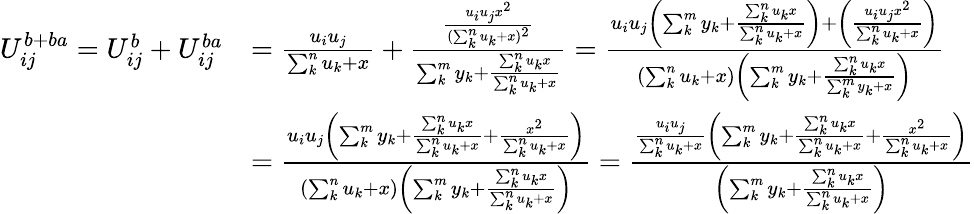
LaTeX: \begin{array}{rl}{U_{ij}^{b+ba}=U_{ij}^{b}+U_{ij}^{ba}}&{=\frac{u_{i}u_{j}}{\sum_{k}^{n}u_{k}+x}+\frac{\frac{u_{i}u_{j}x^{2}}{(\sum_{k}^{n}u_{k}+x)^{2}}}{\sum_{k}^{m}y_{k}+\frac{\sum_{k}^{n}u_{k}x}{\sum_{k}^{n}u_{k}+x}}=\frac{u_{i}u_{j}\left(\sum_{k}^{m}y_{k}+\frac{\sum_{k}^{n}u_{k}x}{\sum_{k}^{n}u_{k}+x}\right)+\left(\frac{u_{i}u_{j}x^{2}}{\sum_{k}^{n}u_{k}+x}\right)}{\left(\sum_{k}^{n}u_{k}+x\right)\left(\sum_{k}^{m}y_{k}+\frac{\sum_{k}^{n}u_{k}x}{\sum_{k}^{m}y_{k}+x}\right)}}\\ &{=\frac{u_{i}u_{j}\left(\sum_{k}^{m}y_{k}+\frac{\sum_{k}^{n}u_{k}x}{\sum_{k}^{n}u_{k}+x}+\frac{x^{2}}{\sum_{k}^{n}u_{k}+x}\right)}{\left(\sum_{k}^{n}u_{k}+x\right)\left(\sum_{k}^{m}y_{k}+\frac{\sum_{k}^{n}u_{k}x}{\sum_{k}^{n}u_{k}+x}\right)}=\frac{\frac{u_{i}u_{j}}{\sum_{k}^{n}u_{k}+x}\left(\sum_{k}^{m}y_{k}+\frac{\sum_{k}^{n}u_{k}x}{\sum_{k}^{n}u_{k}+x}+\frac{x^{2}}{\sum_{k}^{n}u_{k}+x}\right)}{\left(\sum_{k}^{m}y_{k}+\frac{\sum_{k}^{n}u_{k}x}{\sum_{k}^{n}u_{k}+x}\right)}}\end{array}